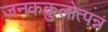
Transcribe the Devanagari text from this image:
जनककुलोत्पन्न